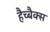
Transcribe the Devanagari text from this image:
हैच्बैक्स